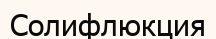
Солифлюкция